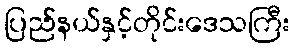
ပြည်နယ်နှင့်တိုင်းဒေသကြီး